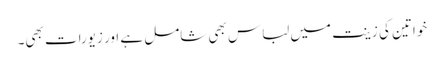
خواتین کی زینت میں لباس بھی شامل ہے اور زیورات بھی۔